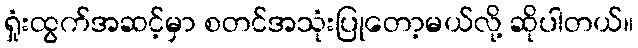
ရှုံးထွက်အဆင့်မှာ စတင်အသုံးပြုတော့မယ်လို့ ဆိုပါတယ်။